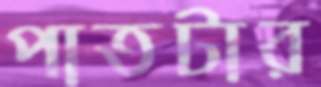
পাতটার